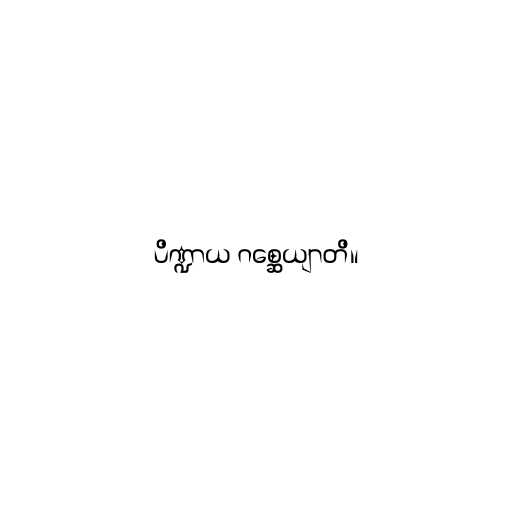
ပိဏ္ဍာယ ဂစ္ဆေယျာတိ။